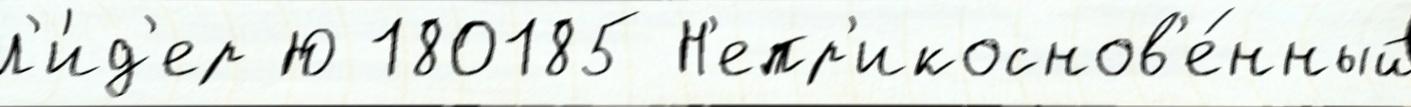
л'и́д'ер Ю 180185 Н'епр'икоснов'е́нный